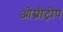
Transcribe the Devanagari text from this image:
ओम्नीट्रोप